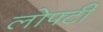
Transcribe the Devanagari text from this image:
लोफ्टी